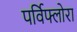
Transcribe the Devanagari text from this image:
पर्विफ्लोरा